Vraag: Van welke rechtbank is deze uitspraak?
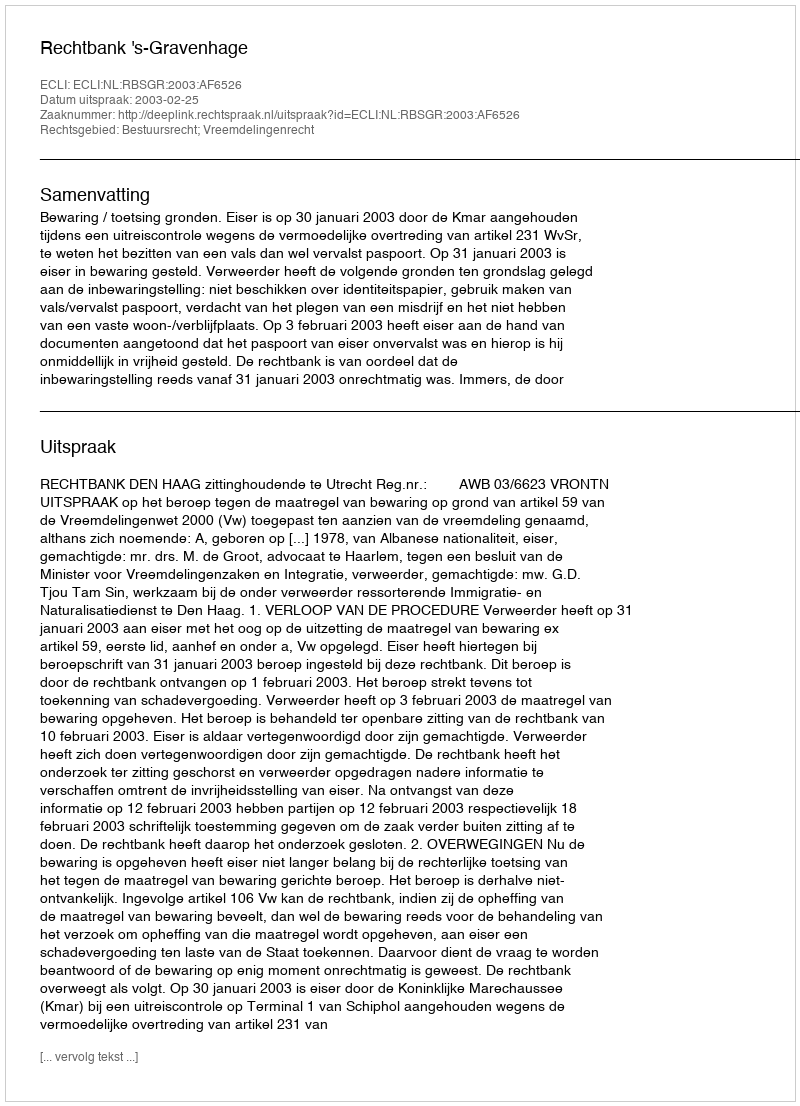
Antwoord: Rechtbank 's-Gravenhage